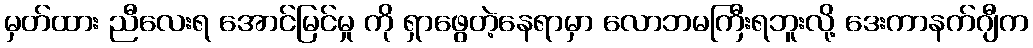
မှတ်ထား ညီလေးရ အောင်မြင်မှု ကို ရှာဖွေတဲ့နေရာမှာ လောဘမကြီးရဘူးလို့ ဒေးကာနက်ဂျီက